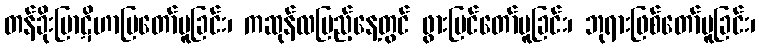
တန်ခိုးပြာဋိဟာပြတော်မူခြင်း၊ ကဆုန်လပြည့်နေ့တွင် ဖွားမြင်တော်မူခြင်း၊ ဘုရားဖြစ်တော်မူခြင်း၊